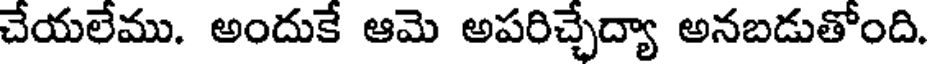
చేయలేము. అందుకే ఆమె అపరిచ్చేద్యా అనబడుతోంది.